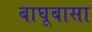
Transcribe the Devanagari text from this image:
बाघूबासा